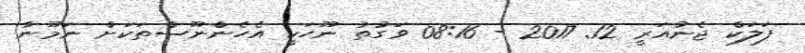
ފަލަކް ޖެނުއަރީ 12